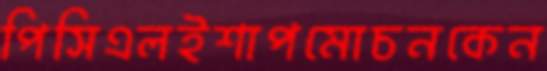
পিসিএলইশাপমোচনকেন